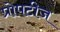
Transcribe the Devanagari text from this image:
प्रोपटीज